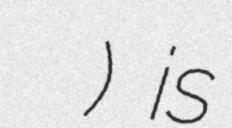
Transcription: दीप कुमार उपाध्याय) is